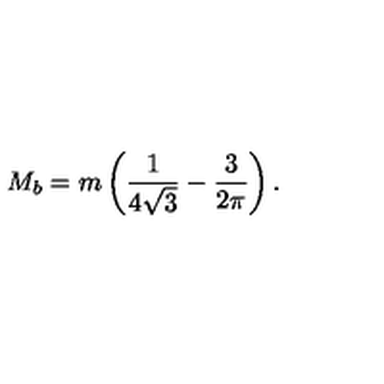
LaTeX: M _ { b } = m \left( \frac 1 { 4 \sqrt { 3 } } - \frac 3 { 2 \pi } \right) .